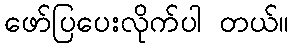
ဖော်ပြပေးလိုက်ပါ တယ်။